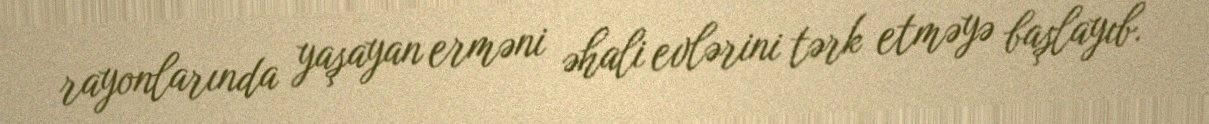
rayonlarında yaşayan erməni əhali evlərini tərk etməyə başlayıb.